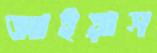
আইয়াস